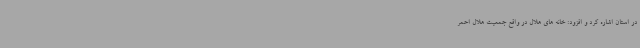
در استان اشاره کرد و افزود: خانه های هلال در واقع جمعیت هلال احمر